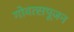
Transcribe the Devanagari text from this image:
गोवत्सपूजन